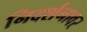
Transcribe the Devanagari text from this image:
निदर्शनावर